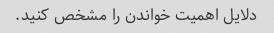
دلایل اهمیت خواندن را مشخص کنید.